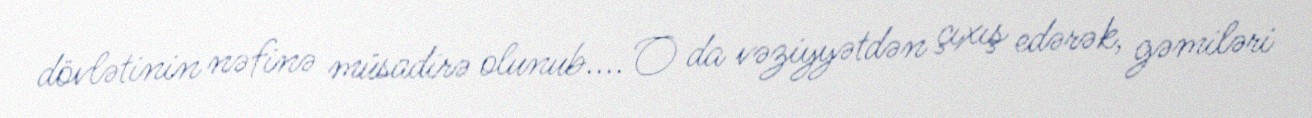
dövlətinin nəfinə müsadirə olunub.... O da vəziyyətdən çıxış edərək, gəmiləri